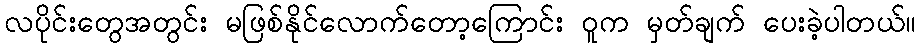
လပိုင်းတွေအတွင်း မဖြစ်နိုင်လောက်တော့ကြောင်း ဝူက မှတ်ချက် ပေးခဲ့ပါတယ်။